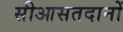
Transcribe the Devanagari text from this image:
सीआसतदानों